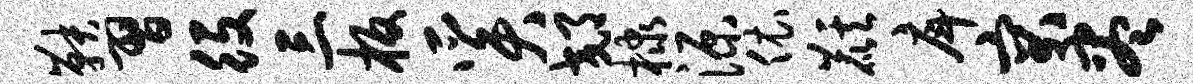
鞅习役三板奚郊棣源依麒戽突尽